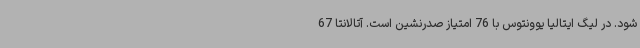
شود. در لیگ ایتالیا یوونتوس با 76 امتیاز صدرنشین است. آتالانتا 67